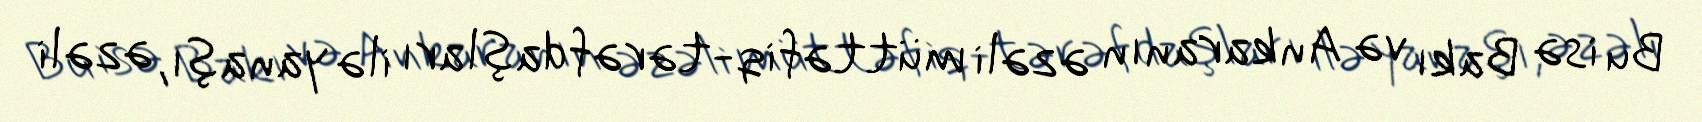
Bu isə Bakı və Ankaranın əzəli müttəfiq-tərəfdaşları ilə yanaşı, əzəli